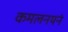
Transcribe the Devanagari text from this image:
कमलनयनं